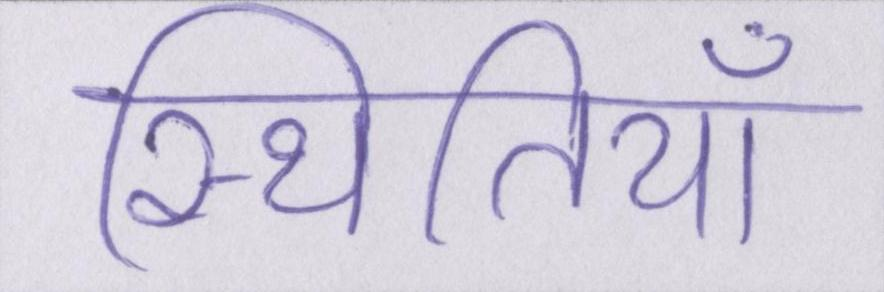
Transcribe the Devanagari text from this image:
स्थितियाँ